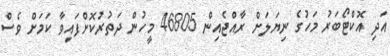
އަދި އޮކްޓޯބަރު މަހުގެ ނިޔަލަށް ރާއްޖެއިން 46805 މީހުން ދަތުރުކޮށްފައިވާ ކަމަށް ވެސް